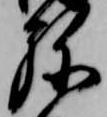
弥